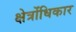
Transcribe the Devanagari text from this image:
क्षेत्रोंधिकार